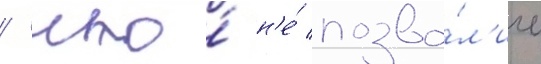
/ что́ н'е́ позво́л'ило